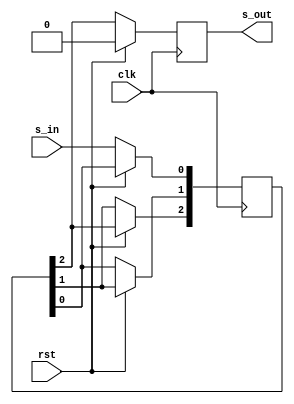
`timescale 1ns / 1ps

module siso_behav(clk,rst,s_in,s_out);
input clk,rst,s_in;
output reg s_out;
reg [2:0]q;
always@(posedge clk) begin
if (rst) begin
s_out=0;
end
else begin
q[0] <= s_in;
q[1] <= q[0];
q[2] <= q[1];
s_out <= q[2];
end
end
endmodule